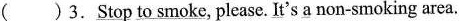
( ) 3. \underline{Stop to smoke}, please. \underline{It}'s \underline{a} non-smoking area.